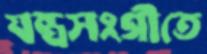
যন্ত্রসংগীতে